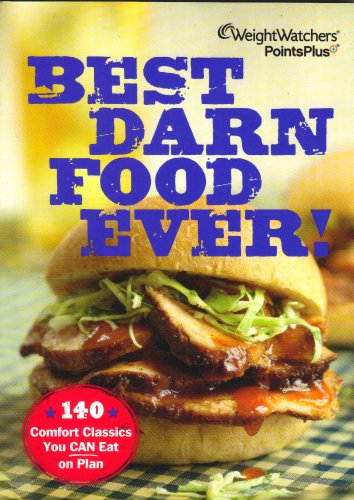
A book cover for Weight Watchers PointsPlus Best Darn Food Ever Cookbook (140 Comfort Classics); Weight Watchers; Health, Fitness & Dieting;